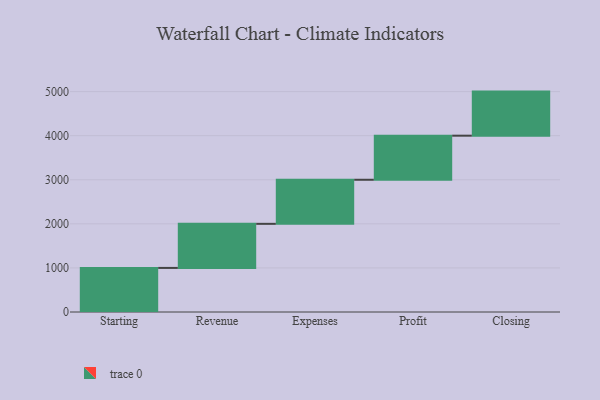
{"axis": {"x": "Step", "y": "Value"}, "legend": [""], "data": [{"x": "Starting", "y": 1000, "type": ""}, {"x": "Revenue", "y": 1000, "type": ""}, {"x": "Expenses", "y": 1000, "type": ""}, {"x": "Profit", "y": 1000, "type": ""}, {"x": "Closing", "y": 1000, "type": ""}]}